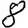
Digit: 8